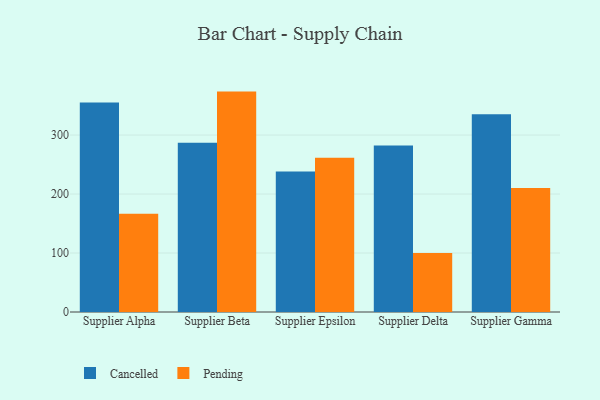
{"axis": {"x": "Supplier", "y": "Budget (USD K)"}, "legend": ["Cancelled", "Pending"], "data": [{"x": "Supplier Alpha", "y": 355.3, "type": "Cancelled"}, {"x": "Supplier Alpha", "y": 166.7, "type": "Pending"}, {"x": "Supplier Beta", "y": 286.8, "type": "Cancelled"}, {"x": "Supplier Beta", "y": 373.7, "type": "Pending"}, {"x": "Supplier Epsilon", "y": 238.2, "type": "Cancelled"}, {"x": "Supplier Epsilon", "y": 261.7, "type": "Pending"}, {"x": "Supplier Delta", "y": 282.5, "type": "Cancelled"}, {"x": "Supplier Delta", "y": 100.0, "type": "Pending"}, {"x": "Supplier Gamma", "y": 335.4, "type": "Cancelled"}, {"x": "Supplier Gamma", "y": 210.4, "type": "Pending"}]}